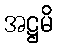
အဋ္ဌမိ